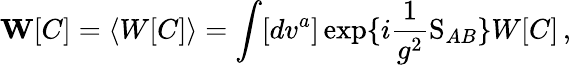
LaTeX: {\mathbf W}[C]=\langle W[C]\rangle=\int[dv^{a}]\exp\{ i\frac{1}{g^{2}}\mathrm{S}_{AB}\} W[C]\, ,